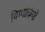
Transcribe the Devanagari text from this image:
चिम्पांज़ियों